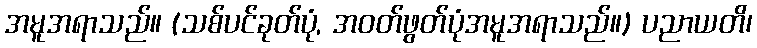
အမူအရာသည်။ (သစ်ပင်ခုတ်ပုံ, အဝတ်ဖွတ်ပုံအမူအရာသည်။) ပညာယတိ၊